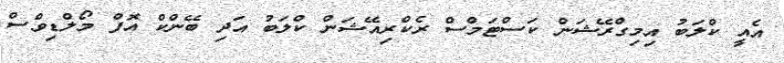
އެއީ ކްލަބު އިމިގްރޭޝަން ކަސްޓަމްސް ރެކްރިއޭޝަން ކްލަބު އަދި ބޭންކް އޮފް މޯލްޑިވްސް